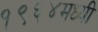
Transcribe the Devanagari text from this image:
१९६४मध्यी